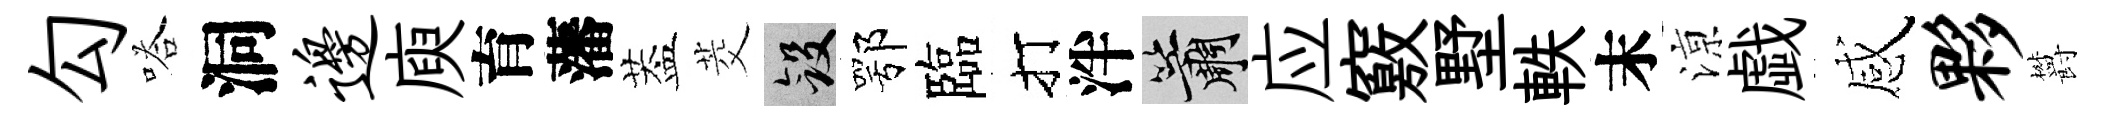
勾嗒洞边庾育藩葢茭斂鄂臨打泮簫应竅墅軼末鿌戯感夥欝